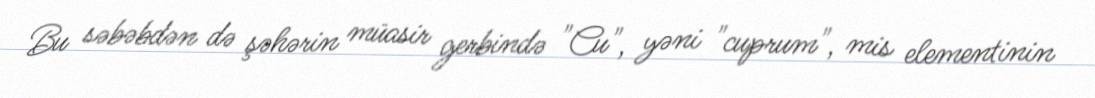
Bu səbəbdən də şəhərin müasir gerbində "Cu", yəni "cuprum", mis elementinin